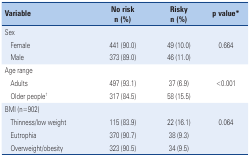
<table><thead><tr><td rowspan="2" colspan="2"><b>Variable</b></td><td><b>No risk</b></td><td><b>Risky</b></td><td rowspan="2"><b>p value*</b></td></tr><tr><td><b>n (%)</b></td><td><b>n (%)</b></td></tr></thead><tbody><tr><td colspan="2">Sex</td><td></td><td></td><td></td></tr><tr><td></td><td>Female</td><td>441 (90.0)</td><td>49 (10.0)</td><td>0.664</td></tr><tr><td></td><td>Male</td><td>373 (89.0)</td><td>46 (11.0)</td><td></td></tr><tr><td colspan="2">Age range</td><td></td><td></td><td></td></tr><tr><td></td><td>Adults</td><td>497 (93.1)</td><td>37 (6.9)</td><td>&lt;0.001</td></tr><tr><td></td><td>Older people†</td><td>317 (84.5)</td><td>58 (15.5)</td><td></td></tr><tr><td colspan="2">BMI (n=902)</td><td></td><td></td><td></td></tr><tr><td></td><td>Thinness/low weight</td><td>115 (83.9)</td><td>22 (16.1)</td><td>0.064</td></tr><tr><td></td><td>Eutrophia</td><td>370 (90.7)</td><td>38 (9.3)</td><td></td></tr><tr><td></td><td>Overweight/obesity</td><td>323 (90.5)</td><td>34 (9.5)</td><td></td></tr></tbody></table>